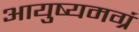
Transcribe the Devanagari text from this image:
आयुष्यमग्रं